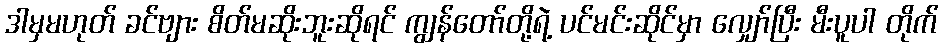
ဒါမှမဟုတ် ခင်ဗျား စိတ်မဆိုးဘူးဆိုရင် ကျွန်တော်တို့ရဲ့ ပင်မင်းဆိုင်မှာ လျှော်ပြီး မီးပူပါ တိုက်